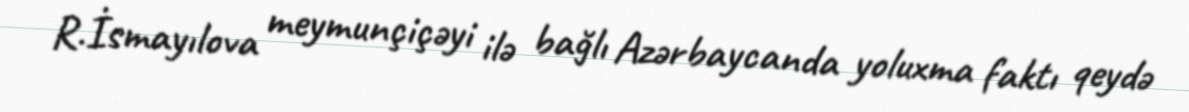
R.İsmayılova meymunçiçəyi ilə bağlı Azərbaycanda yoluxma faktı qeydə